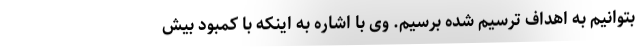
بتوانیم به اهداف ترسیم شده برسیم. وی با اشاره به اینکه با کمبود بیش